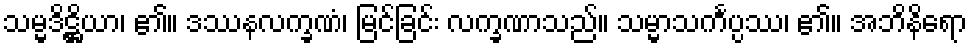
သမ္မဒိဋ္ဌိယာ၊ ၏။ ဒဿနလက္ခဏံ၊ မြင်ခြင်း လက္ခဏာသည်။ သမ္မာသင်္ကပ္ပဿ၊ ၏။ အဘိနိရော